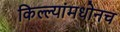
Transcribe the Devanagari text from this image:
किल्ल्यांमधोनच